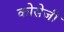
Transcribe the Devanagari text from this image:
कोसेजी